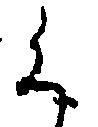
く